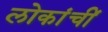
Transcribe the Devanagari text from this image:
लोकांचीं